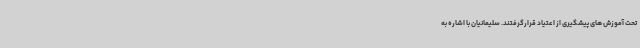
تحت آموزش های پیشگیری از اعتیاد قرارگرفتند. سلیمانیان با اشاره به